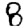
Digit: 8